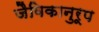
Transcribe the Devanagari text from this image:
जैविकानुरूप